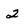
Character: 2